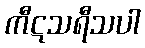
ကီဋသရီသပါ